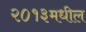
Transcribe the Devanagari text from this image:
२०१३मधील